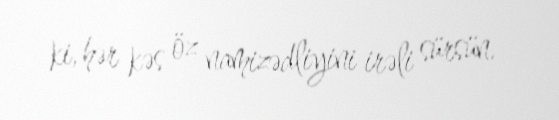
ki, hər kəs öz namizədliyini irəli sürsün.